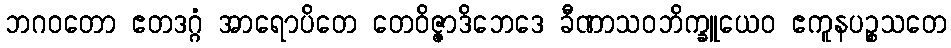
ဘဂဝတော ဧတဒဂ္ဂံ အာရောပိတေ တေဝိဇ္ဇာဒိဘေဒေ ခီဏာသဝဘိက္ခူယေဝ ဧကူနပဉ္စသတေ